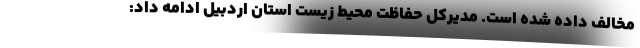
مخالف داده شده است. مدیرکل حفاظت محیط زیست استان اردبیل ادامه داد: